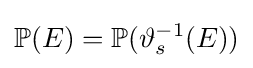
\mathbb {P} (E)=\mathbb {P} (\vartheta _{s}^{-1}(E))